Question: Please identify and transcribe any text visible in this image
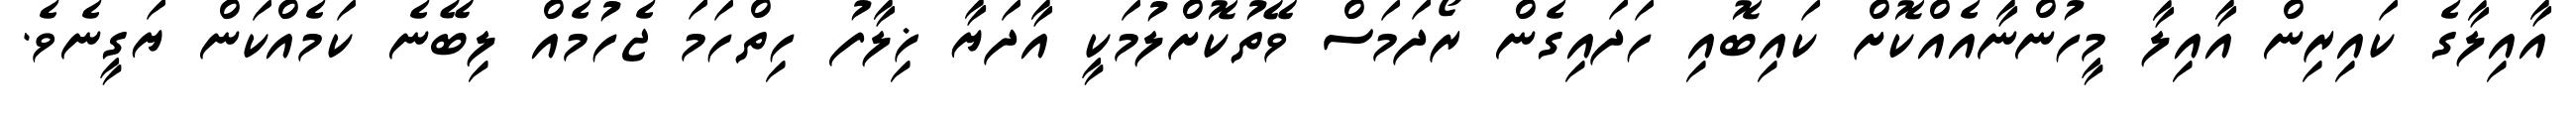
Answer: އާއިލާގެ ކައިރިން އާއިލާ މީހުންނާއެއްކޮށް ކައިބޮއި ހަދައިގެން ރޯދަމަސް ވޭތުކޮށްލުމަކީ އާދަޔާ ޚިލާފު ހިތްހަމަ ޖެހުމެއް ލިބޭނެ ކަމެއްކަން ޔަގީނެވެ.